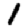
Digit: 1